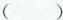
（ ）